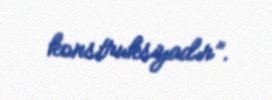
konstruksiyadır”.